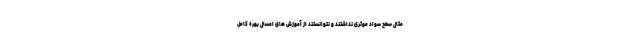
مثال سطح سواد موثری نداشتند و نتوانستند از آموزش های امسال بهره کامل